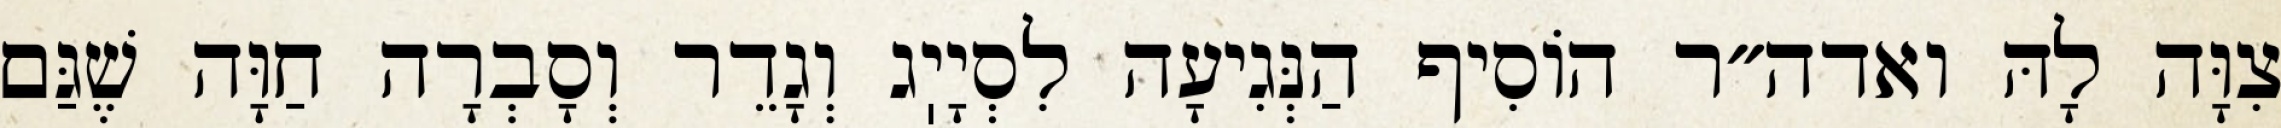
צִוָּה לָהּ ואדה״ר הוֹסִיף הַנְּגִיעָה לִסְיָיֽג וְגָדֵר וְסָבְרָה חַוָּה שֶׁגַּם